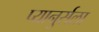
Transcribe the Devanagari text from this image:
प्यानुर्सला